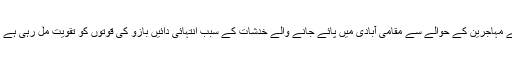
شام، عراق، افغانستان، پاکستان اور شمالی افريقی ملکوں سے پناہ کے ليے آسٹريا پہنچنے والے مہاجرين کے حوالے سے مقامی آبادی ميں پائے جانے والے خدشات کے سبب انتہائی دائيں بازو کی قوتوں کو تقويت مل رہی ہے اور نتيجتاً پناہ گزينوں کی حد مقرر کيے جانے کے حوالے سے مطالبات سامنے آ رہے تھے۔